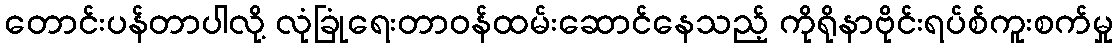
တောင်းပန်တာပါလို့ လုံခြုံရေးတာဝန်ထမ်းဆောင်နေသည့် ကိုရိုနာဗိုင်းရပ်စ်ကူးစက်မှု